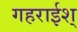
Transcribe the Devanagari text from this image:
गहराईश्